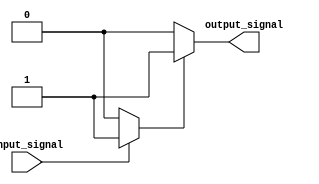
module push_pull_buffer (
    input wire input_signal,
    output reg output_signal
);

reg output_pull_up;
reg output_pull_down;

 always @ (input_signal)
    begin
       if (input_signal)
           begin
               output_pull_up = 1;
               output_pull_down = 0;
           end
       else
           begin
               output_pull_up = 0;
               output_pull_down = 1;
           end
    end

always @ (output_pull_up, output_pull_down)
    begin
        if (output_pull_up)
            output_signal = 1;
        else if (output_pull_down)
            output_signal = 0;
        else
            output_signal = 0;
    end

endmodule